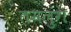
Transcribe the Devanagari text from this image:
तमलुंग